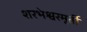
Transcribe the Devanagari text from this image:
शरभेश्वरमूर्ती